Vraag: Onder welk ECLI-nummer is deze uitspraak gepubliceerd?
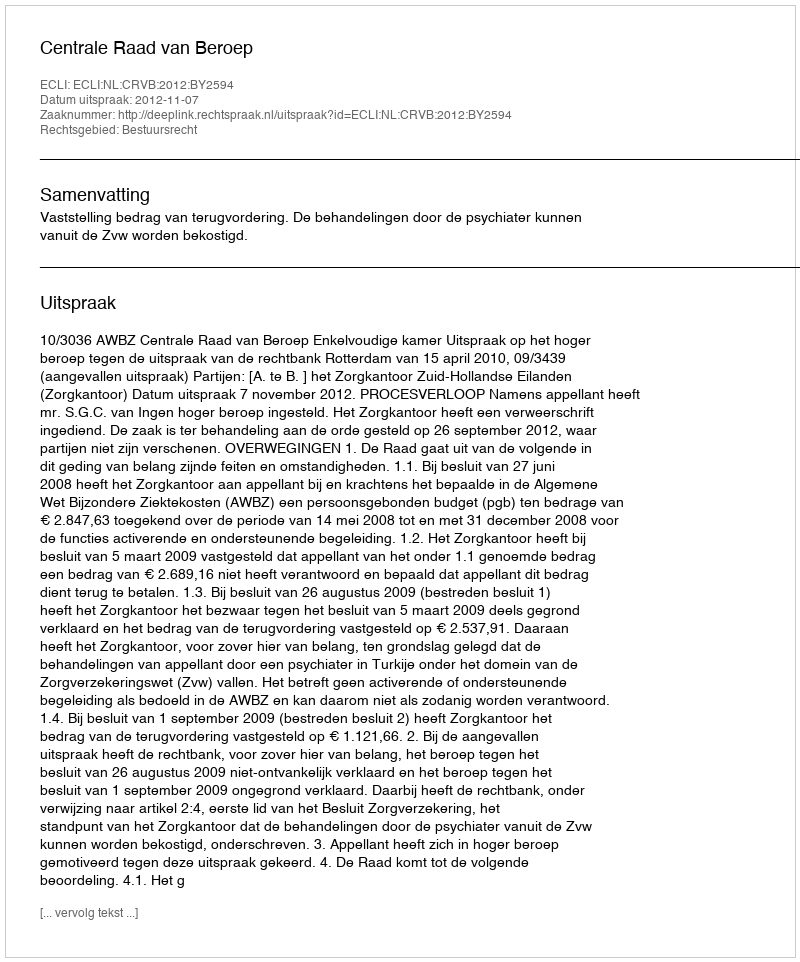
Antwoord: ECLI:NL:CRVB:2012:BY2594